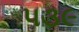
૫૩૯